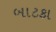
બાટકા